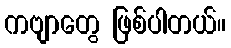
ကဗျာတွေ ဖြစ်ပါတယ်။